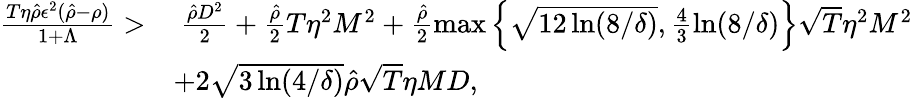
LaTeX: \begin{array}{rl}{\frac{T\eta\hat{\rho}\epsilon^{2}(\hat{\rho}-\rho)}{1+\Lambda}>}&{~\frac{\hat{\rho}D^{2}}{2}+\frac{\hat{\rho}}{2}T\eta^{2}M^{2}+\frac{\hat{\rho}}{2}\operatorname*{max}\left\{ \sqrt{12\ln(8/\delta)},\frac{4}{3}\ln(8/\delta)\right\} \sqrt{T}\eta^{2}M^{2}}\\ &{+2\sqrt{3\ln(4/\delta)}\hat{\rho}\sqrt{T}\eta MD,}\end{array}